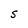
Character: S